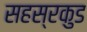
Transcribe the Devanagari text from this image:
सहस्रकुड